Report on sanitation, dispensaries, and jails in Rajputana for 1921, and on vaccination for the year 1921-1922 - 1921-1922
Year: 1921
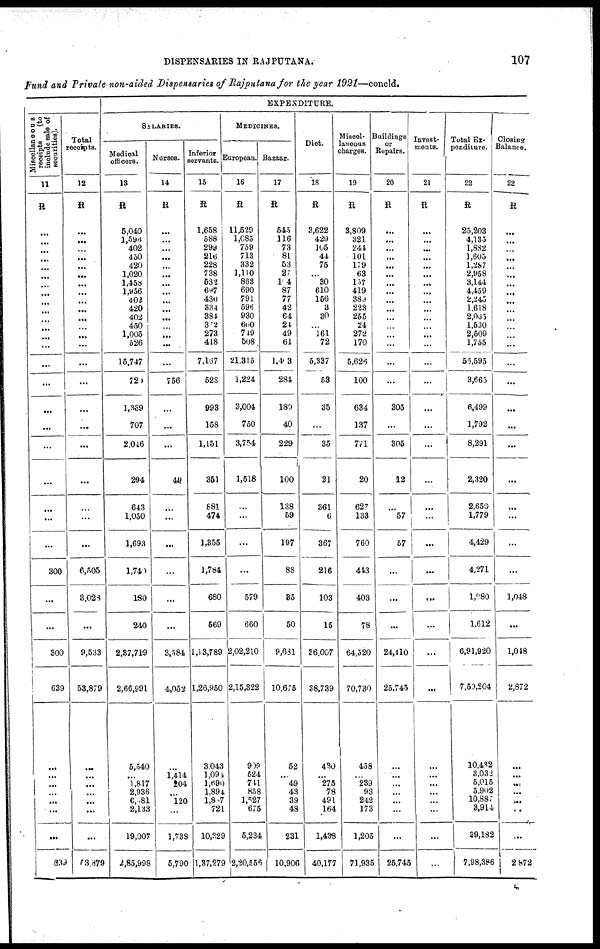
DISPENSARIES IN RAJPUTANA.
107
Fund and Private non-aided Dispensaries of Rajputana for the year 1921—concld.
Miscellaneous
receipts
(to
include sale of
securities).
11
R
...
...
...
...
...
...
...
...
...
...
...
...
...
...
...
...
...
...
...
...
...
...
...
300
...
...
300
639
...
...
...
...
...
...
...
639
Total
receipts.
12
R
...
...
...
...
...
...
...
...
...
...
...
...
...
...
...
...
...
....
...
...
...
...
...
6,505
3,028
...
9,533
53,879
...
...
...
...
...
...
...
13,879
EXPENDITURE.
SALARIES.
Medical
officers.
13
R
5,040
1,599
402
450
420
1,020
1,458
1,956
402
420
402
450
1,005
526
15,747
720
1,339
707
2,046
294
643
1,050
1,693
1,740
180
240
2,37,719
2,66,991
5,540
...
1,817
2,936
6,081
2,133
19,007
2,85,998
Nurses.
14
R
...
...
...
...
...
...
...
...
...
...
...
...
...
...
...
756
...
...
...
49
...
...
...
...
...
...
3,584
4,052
...
1,414
204
...
120
...
1,738
5,790
Inferior
servants.
15
R
1,658
588
299
216
228
738
532
697
430
334
384
302
273
418
7,167
528
993
158
1,151
351
881
474
1,355
1,784
680
569
1,13,789
1,26,950
3,043
1,094
1,690
1,894
1,807
721
10,329
1,37,279
MESICINES.
European
16
R
11,529
1,085
759
713
332
1,110
863
690
791
596
930
660
749
508
21,315
1,224
3,004
750
3,754
1,518
...
...
...
...
579
660
2,02,210
2,15,322
909
524
741
858
1,527
675
5,234
2,20,556
Bazaar.
17
R
545
116
73
81
53
27
104
87
77
42
64
24
49
61
1,403
284
189
40
229
100
138
59
197
88
35
50
9,631
10,675
52
...
49
43
39
48
231
10,906
Diet.
18
R
3,622
429
105
44
75
...
30
610
156
3
30
...
161
72
5,337
53
35
...
35
21
361
6
367
216
103
15
36,007
38,739
430
...
275
78
491
164
1,438
40,177
Miscel-
laneous
charges.
19
R
3,809
321
244
101
179
63
157
419
389
223
255
24
272
170
5,626
100
634
137
771
20
627
133
760
443
403
78
64,520
70,730
458
...
239
93
242
173
1,205
71,935
Buildings
or
Repairs.
20
R
...
...
...
...
...
...
...
...
...
...
...
...
...
...
...
...
305
...
305
12
...
57
57
...
...
...
24,410
25,745
...
...
...
...
...
...
...
25,745
Invest-
ments.
21
R
...
...
...
...
...
...
...
...
...
...
...
...
...
...
...
...
...
...
...
...
...
...
...
...
...
...
...
...
...
...
...
...
...
...
...
...
Total Ex-
penditure.
22
R
25,203
4,135
1,882
1,605
1,287
2,958
3,144
4,459
2,245
1,618
2,065
1,530
2,509
1,755
56,595
3,663
6,499
1,792
8,291
2,320
2,650
1,779
4,429
4,271
1,080
1,612
6,91,920
7,59,204
10,432
3,032
5,015
5,902
10,887
3,914
39,182
7,98,386
Closing
Balance.
23
R
...
...
...
...
...
...
...
...
...
...
...
...
...
...
...
...
...
...
...
...
...
...
...
...
1,048
...
1,048
2,872
...
...
...
...
....
...
...
2,872